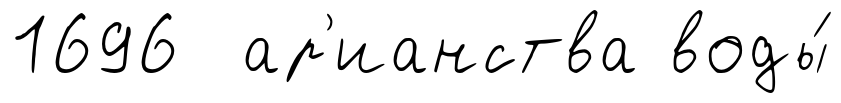
1696 ар'ианства воды́